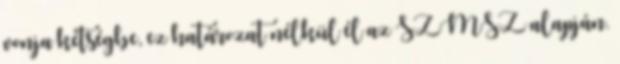
vonja kétségbe, ez határozat nélkül él az SZMSZ alapján.